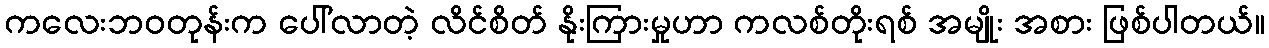
ကလေးဘဝတုန်းက ပေါ်လာတဲ့ လိင်စိတ် နိုးကြားမှုဟာ ကလစ်တိုးရစ် အမျိုး အစား ဖြစ်ပါတယ်။